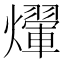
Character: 𤑱